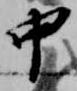
中